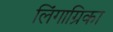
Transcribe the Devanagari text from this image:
लिंगाग्रिका